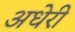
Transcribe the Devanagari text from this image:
अधेरी